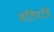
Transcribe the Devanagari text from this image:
जतिपत्रि